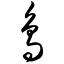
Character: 鸟